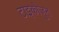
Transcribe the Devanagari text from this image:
टाइकोजुन